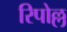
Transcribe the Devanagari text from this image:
रिपोल्ल